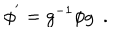
LaTeX: \phi ^ { ' } = g ^ { - 1 } \phi g \ \ .